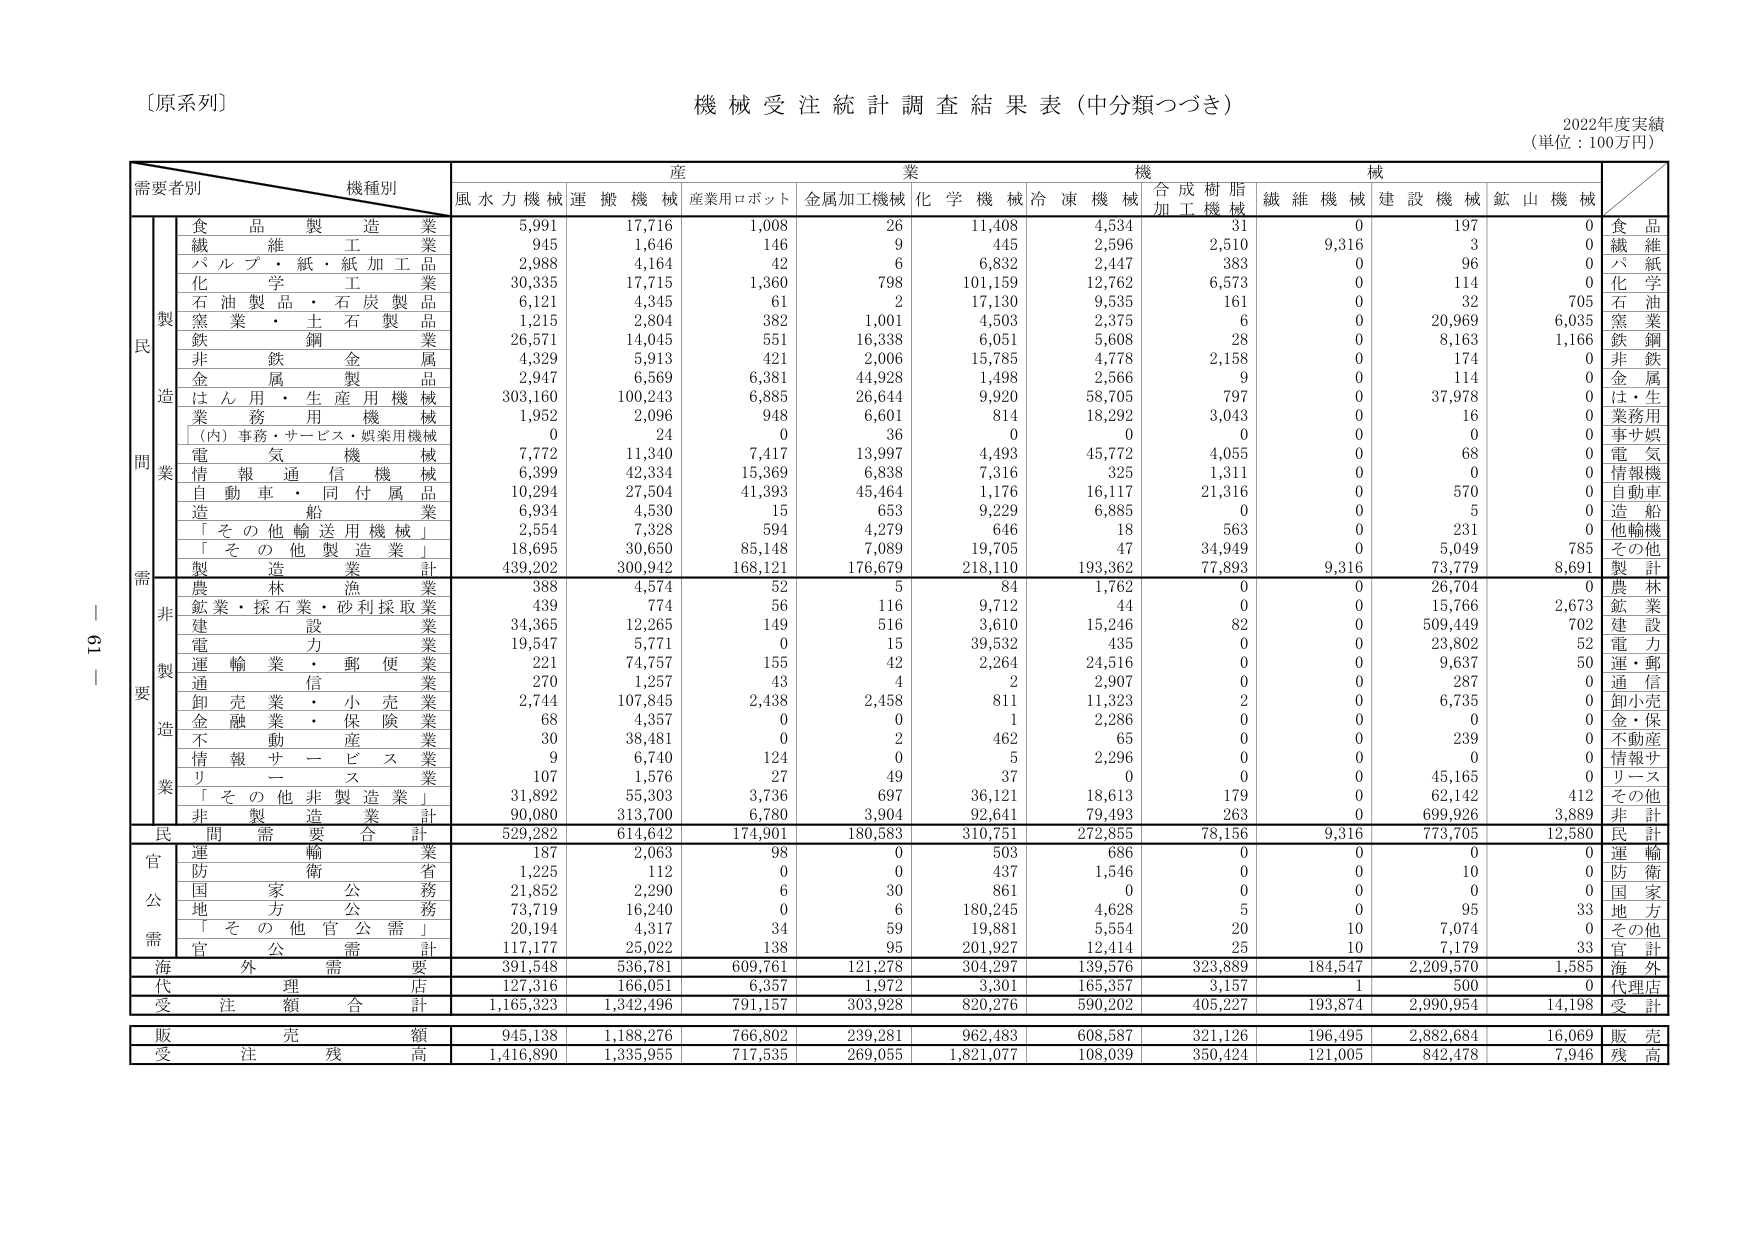
〔原系列〕
機械受注統計調査結果表（中分類つづき）
2022年度実績
（単位：100万円）

需要者別　機種別